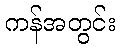
ကန်အတွင်း